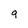
Character: 9